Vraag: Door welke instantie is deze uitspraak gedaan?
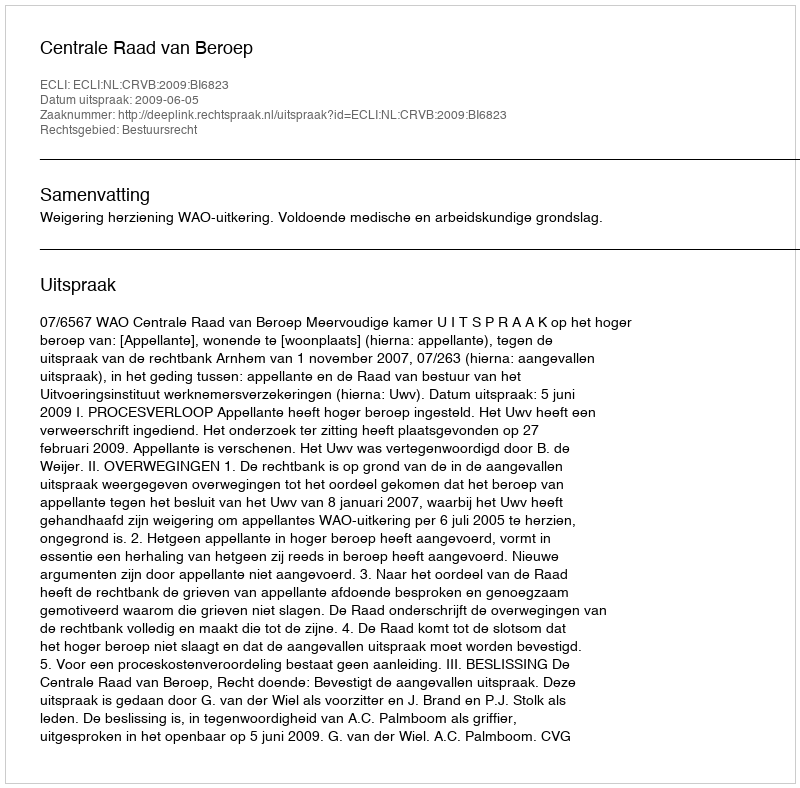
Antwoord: Centrale Raad van Beroep